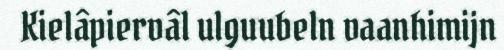
Kielâpiervâl ulguubeln vaanhimijn